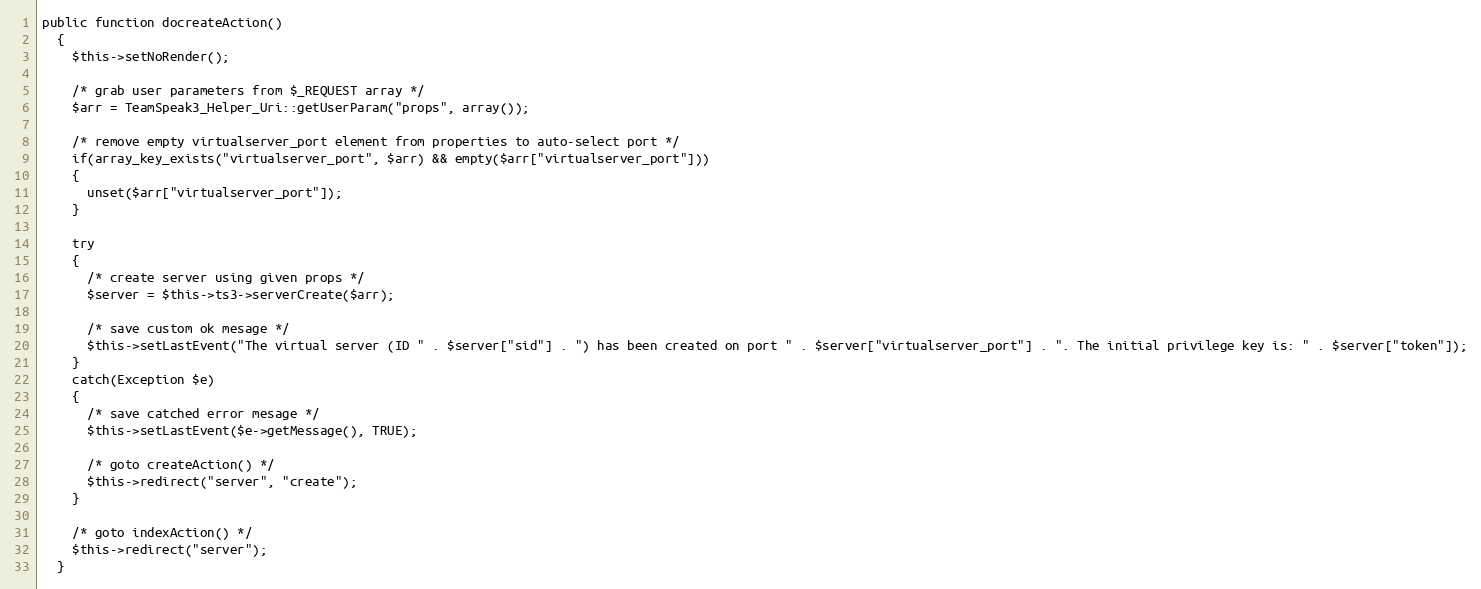
Language: PHP
public function docreateAction()
  {
    $this->setNoRender();

    /* grab user parameters from $_REQUEST array */
    $arr = TeamSpeak3_Helper_Uri::getUserParam("props", array());

    /* remove empty virtualserver_port element from properties to auto-select port */
    if(array_key_exists("virtualserver_port", $arr) && empty($arr["virtualserver_port"]))
    {
      unset($arr["virtualserver_port"]);
    }

    try
    {
      /* create server using given props */
      $server = $this->ts3->serverCreate($arr);

      /* save custom ok mesage */
      $this->setLastEvent("The virtual server (ID " . $server["sid"] . ") has been created on port " . $server["virtualserver_port"] . ". The initial privilege key is: " . $server["token"]);
    }
    catch(Exception $e)
    {
      /* save catched error mesage */
      $this->setLastEvent($e->getMessage(), TRUE);

      /* goto createAction() */
      $this->redirect("server", "create");
    }

    /* goto indexAction() */
    $this->redirect("server");
  }